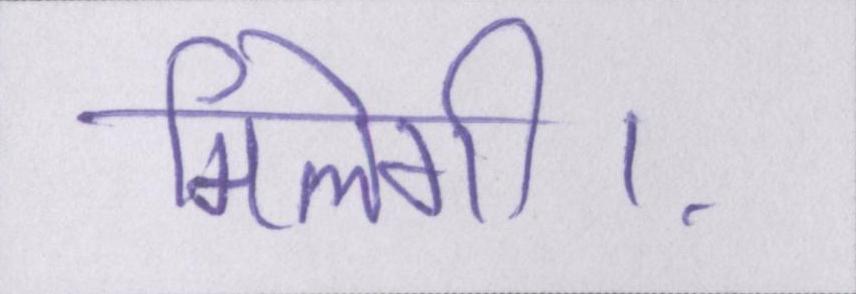
मिलेगी।